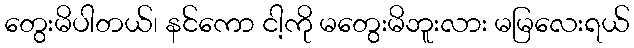
တွေးမိပါတယ်၊ နင်ကော ငါ့ကို မတွေးမိဘူးလား မမြလေးရယ်